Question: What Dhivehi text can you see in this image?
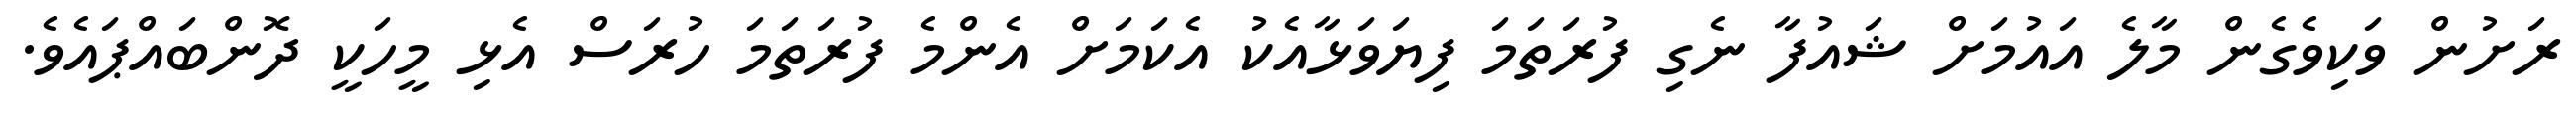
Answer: ރަށުން ވަކިވެގެން މާލެ އައުމަށް ޝައުފާ ނެގި ފުރަތަމަ ފިޔަވަޅާއެކު އެކަމަށް އެންމެ ފުރަތަމަ ހުރަސް އެޅި މީހަކީ ދޮންބައްޕައެވެ.